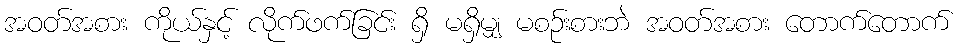
အဝတ်အစား ကိုယ်နှင့် လိုက်ဖက်ခြင်း ရှိ မရှိမျှ မစဉ်းစားဘဲ အဝတ်အစား တောက်တောက်